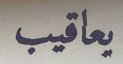
يعاقيب